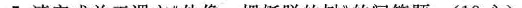
从这个句子可以猜测”他”的身份是( )，这是人物的( )描写。